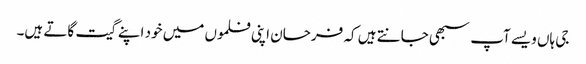
جی ہاں ویسے آپ سبھی جانتے ہیں کہ فرحان اپنی فلموں میں خود اپنے گیت گاتے ہیں۔